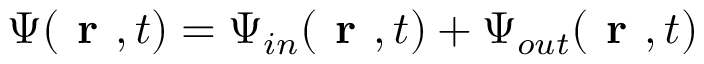
{ \Psi } ( \textbf { r } , t ) = { \Psi } _ { i n } ( \textbf { r } , t ) + { \Psi } _ { o u t } ( \textbf { r } , t )